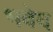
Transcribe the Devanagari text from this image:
भवेद